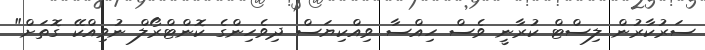
ސަރުކާރުން ލިސްޓް ކުރާނީ ވެސް ހިއްސާ ވިއްކިޔަސް ދިވެހިންގެ ކޮންޓްރޯލް ނުވިއްކޭ ގޮތަށް"